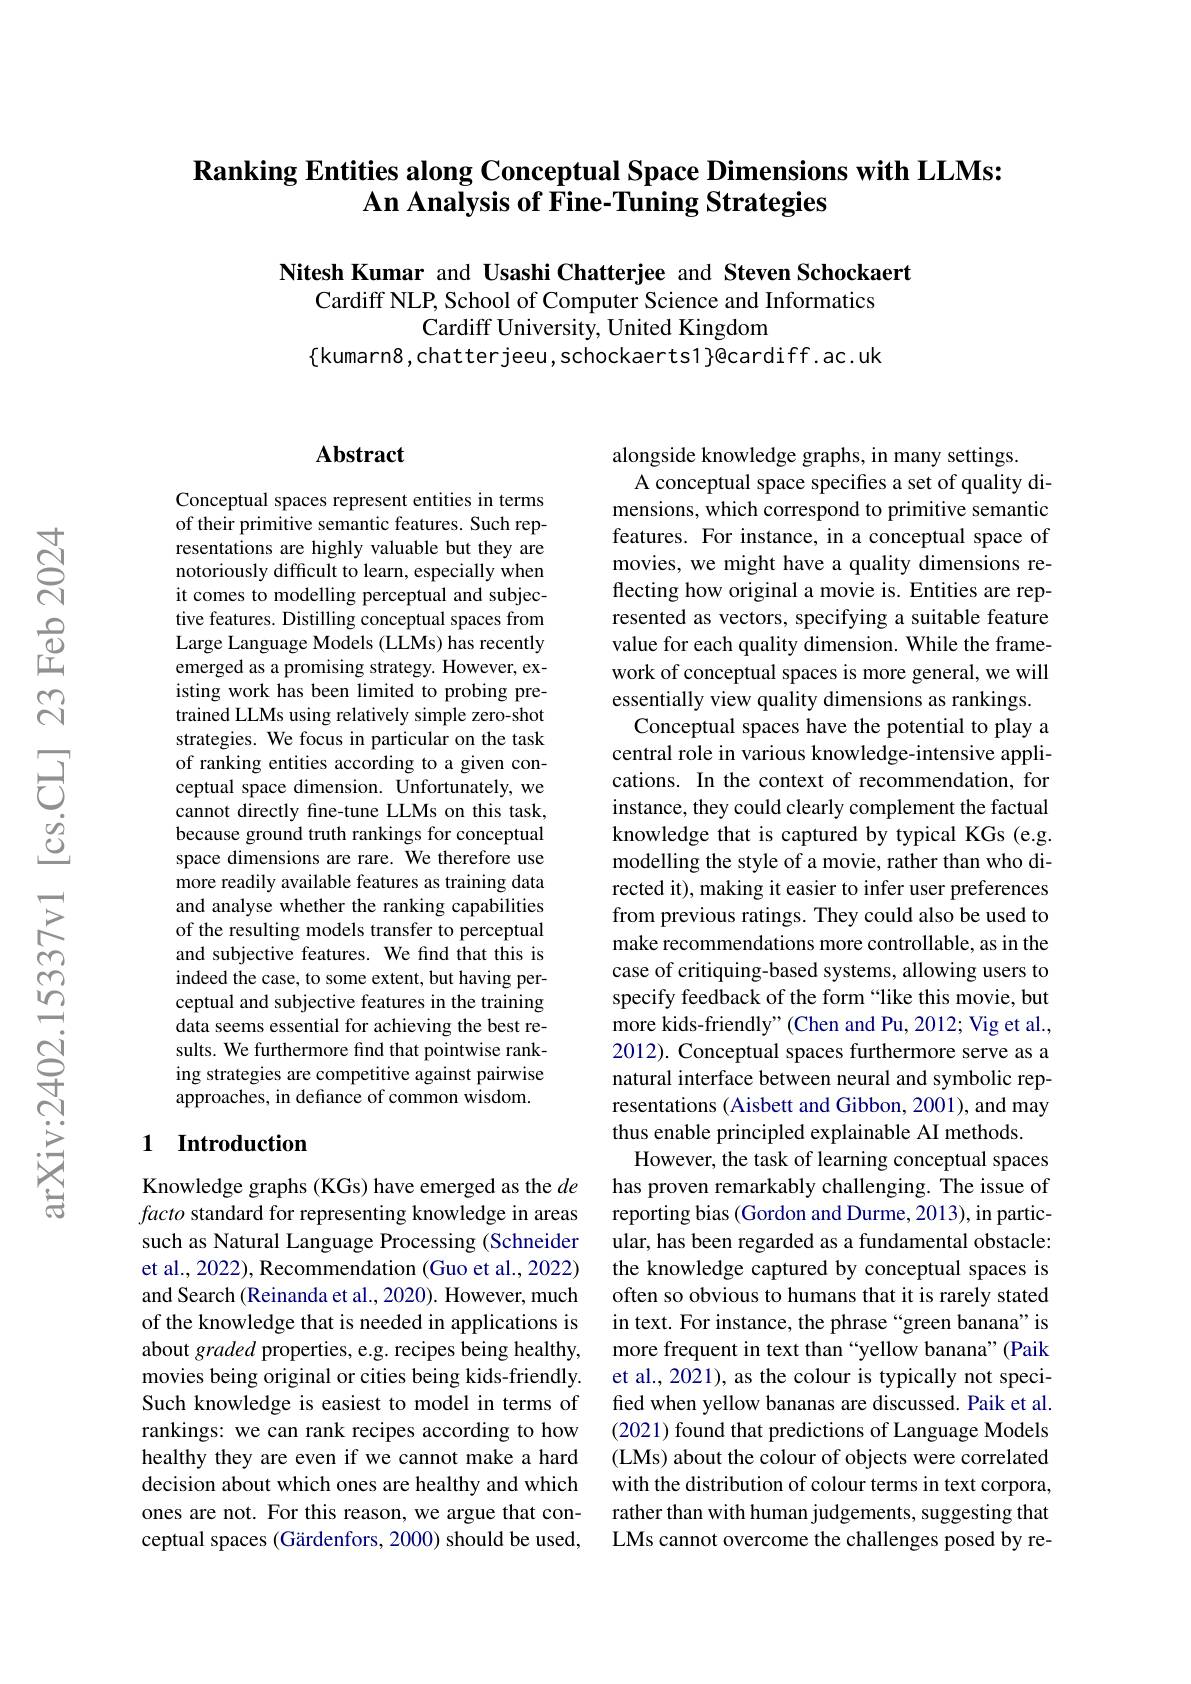
## $\textbf{Ranking Entities along Conceptual Space Dimensions with LLMs: }$ An Analysis of Fine-Tuning Strategies

Nitesh Kumar and Usashi Chatterjee and Steven Schockaert
Cardiff NLP, School of Computer Science and Informatics
Cardiff University, United Kingdom
$\{$kumarn8,chatterjeeu,schockaerts1}@cardiff.ac.uk

## Abstract

Conceptual spaces represent entities in terms of their primitive semantic features. Such representations are highly valuable but they are notoriously difficult to learn, especially when it comes to modelling perceptual and subjective features. Distilling conceptual spaces from Large Language Models (LLMs) has recently emerged as a promising strategy. However, existing work has been limited to probing pretrained LLMs using relatively simple zero-shot strategies. We focus in particular on the task of ranking entities according to a given conceptual space dimension. Unfortunately, we cannot directly fine-tune LLMs on this task, because ground truth rankings for conceptual space dimensions are rare. We therefore use more readily available features as training data and analyse whether the ranking capabilities of the resulting models transfer to perceptual and subjective features. We find that this is indeed the case, to some extent, but having perceptual and subjective features in the training data seems essential for achieving the best results. We furthermore find that pointwise ranking strategies are competitive against pairwise approaches, in defiance of common wisdom.

### 1 Introduction

Knowledge graphs (KGs) have emerged as the $de$ facto standard for representing knowledge in areas such as Natural Language Processing (Schneider et al., 2022), Recommendation (Guo et al., 2022) and Search (Reinanda et al., 2020). However, much of the knowledge that is needed in applications is about graded properties, e.g. recipes being healthy, movies being original or cities being kids-friendly. Such knowledge is easiest to model in terms of rankings: we can rank recipes according to how healthy they are even if we cannot make a hard decision about which ones are healthy and which ones are not. For this reason, we argue that conceptual spaces (Gärdenfors, 2000) should be used,

alongside knowledge graphs, in many settings.
A conceptual space specifes a set of quality dimensions, which correspond to primitive semantic features. For instance, in a conceptual space of movies, we might have a quality dimensions reflecting how original a movie is. Entities are represented as vectors, specifying a suitable feature value for each quality dimension. While the framework of conceptual spaces is more general, we will essentially view quality dimensions as rankings.
Conceptual spaces have the potential to play a central role in various knowledge-intensive applications. In the context of recommendation, for instance, they could clearly complement the factual knowledge that is captured by typical KGs (e.g. modelling the style of a movie, rather than who directed it), making it easier to infer user preferences from previous ratings. They could also be used to make recommendations more controllable, as in the case of critiquing-based systems, allowing users to specify feedback of the form “like this movie, but more kids-friendly" (Chen and Pu, 2012; Vig et al. 2012). Conceptual spaces furthermore serve as a natural interface between neural and symbolic representations (Aisbett and Gibbon, 2001), and may thus enable principled explainable AI methods
However, the task of learning conceptual spaces has proven remarkably challenging. The issue of reporting bias (Gordon and Durme, 2013), in particular, has been regarded as a fundamental obstacle: the knowledge captured by conceptual spaces is often so obvious to humans that it is rarely stated in text. For instance, the phrase“green banana" is more frequent in text than “yellow banana"(Paik et al., 2021), as the colour is typically not specified when yellow bananas are discussed. Paik et al. (2021) found that predictions of Language Models (LMs) about the colour of objects were correlated with the distribution of colour terms in text corpora, rather than with human judgements, suggesting that LMs cannot overcome the challenges posed by re-